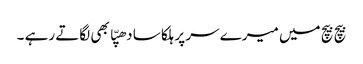
بیچ بیچ میں میرے سر پر ہلکا سا دھپّا بھی لگاتے رہے ۔